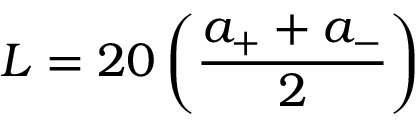
L = 2 0 \left( \frac { a _ { + } + a _ { - } } { 2 } \right)